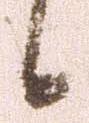
候